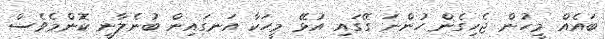
ބައެއް މީހުން ޖެހިގެން ހުންނަ ގޭގައި އުޅޭ މީހަކާ އަނގައިން ބުނެލާނީ ކޮންމެވެސް